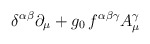
\begin{align*}\delta ^{\alpha \beta }\partial _{\mu }+g_{0}\, f^{\alpha \beta \gamma }A_{\mu }^{\gamma }\end{align*}